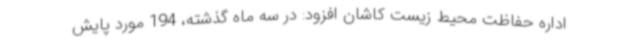
اداره حفاظت محیط زیست کاشان افزود: در سه ماه گذشته، 194 مورد پایش